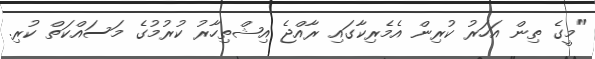
"މީގެ ތިން އަހަރު ކުރިން އެމެރިކާގައި ރާއްޖެ އިޝްތިހާރު ކުރުމުގެ މަސައްކަތް ކުރި.